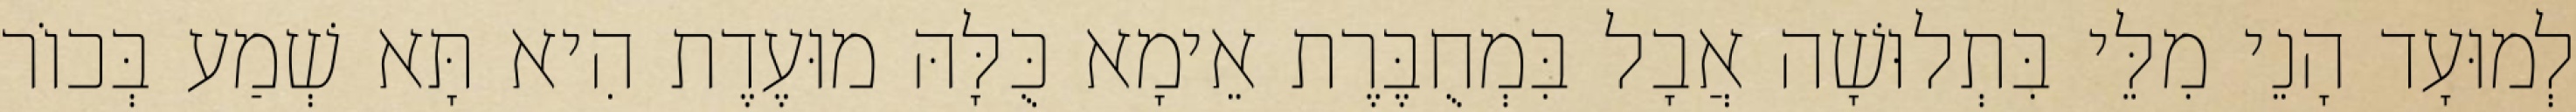
לְמוּעָד הָנֵי מִלֵּי בִּתְלוּשָׁה אֲבָל בִּמְחֻבֶּרֶת אֵימָא כֻּלָּהּ מוּעֶדֶת הִיא תָּא שְׁמַע בְּכוֹר